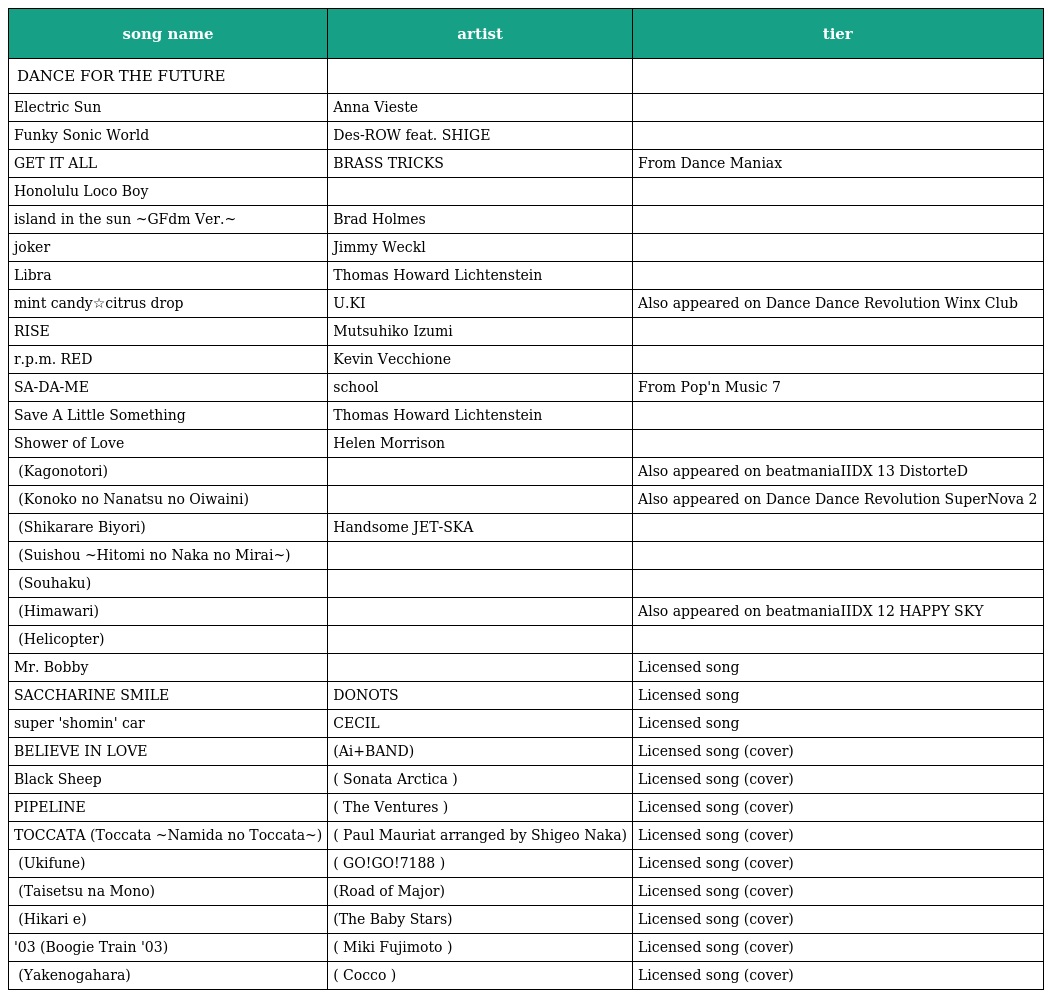
| song name | artist | tier |
 | --- | --- | --- |
 | DANCE FOR THE FUTURE | 古川もとあき |  |
 | Electric Sun | Anna Vieste |  |
 | Funky Sonic World | Des-ROW feat. SHIGE |  |
 | GET IT ALL | BRASS TRICKS | From Dance Maniax |
 | Honolulu Loco Boy | アグネス キムラ |  |
 | island in the sun ~GFdm Ver.~ | Brad Holmes |  |
 | joker | Jimmy Weckl |  |
 | Libra | Thomas Howard Lichtenstein |  |
 | mint candy☆citrus drop | U.KI | Also appeared on Dance Dance Revolution Winx Club |
 | RISE | Mutsuhiko Izumi |  |
 | r.p.m. RED | Kevin Vecchione |  |
 | SA-DA-ME | school | From Pop'n Music 7 |
 | Save A Little Something | Thomas Howard Lichtenstein |  |
 | Shower of Love | Helen Morrison |  |
 | カゴノトリ (Kagonotori) | 橙色特別室 | Also appeared on beatmaniaIIDX 13 DistorteD |
 | この子の七つのお祝いに (Konoko no Nanatsu no Oiwaini) | あさき | Also appeared on Dance Dance Revolution SuperNova 2 |
 | しかられ日和 (Shikarare Biyori) | Handsome JETと亜熱帯マジ-SKA爆弾 |  |
 | 水晶～瞳の中の未来～ (Suishou ~Hitomi no Naka no Mirai~) | くにたけみゆき |  |
 | 蒼白 (Souhaku) | 鈴木愛 |  |
 | ヒマワリ (Himawari) | 小坂りゆ | Also appeared on beatmaniaIIDX 12 HAPPY SKY |
 | ヘリコプター (Helicopter) | ピンクカプセル |  |
 | Mr. Bobby | 樽木栄一郎 | Licensed song |
 | SACCHARINE SMILE | DONOTS | Licensed song |
 | super 'shomin' car | CECIL | Licensed song |
 | BELIEVE IN LOVE | (Ai+BAND) | Licensed song (cover) |
 | Black Sheep | ( Sonata Arctica ) | Licensed song (cover) |
 | PIPELINE | ( The Ventures ) | Licensed song (cover) |
 | TOCCATA　～涙のトッカータ～ (Toccata ~Namida no Toccata~) | ( Paul Mauriat arranged by Shigeo Naka) | Licensed song (cover) |
 | 浮舟 (Ukifune) | ( GO!GO!7188 ) | Licensed song (cover) |
 | 大切なもの (Taisetsu na Mono) | (Road of Major) | Licensed song (cover) |
 | ヒカリへ (Hikari e) | (The Baby Stars) | Licensed song (cover) |
 | ブギートレイン'03 (Boogie Train '03) | ( Miki Fujimoto ) | Licensed song (cover) |
 | 焼け野が原 (Yakenogahara) | ( Cocco ) | Licensed song (cover) |